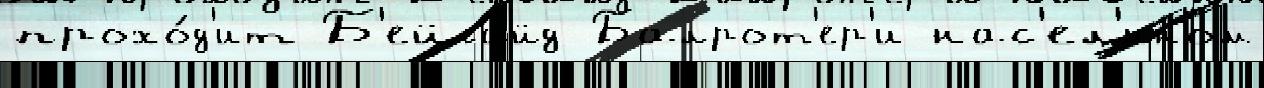
прохо́д'ит Б'ейсайд Балрот'ер'и нас'ел'́нном